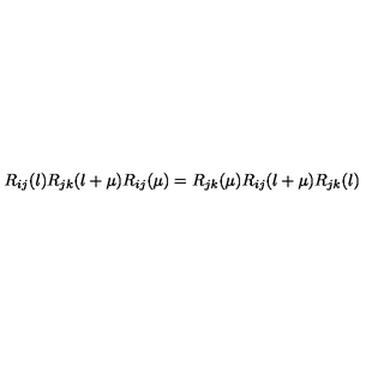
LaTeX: R _ { i j } ( \l ) R _ { j k } ( \l + \mu ) R _ { i j } ( \mu ) = R _ { j k } ( \mu ) R _ { i j } ( \l + \mu ) R _ { j k } ( \l )